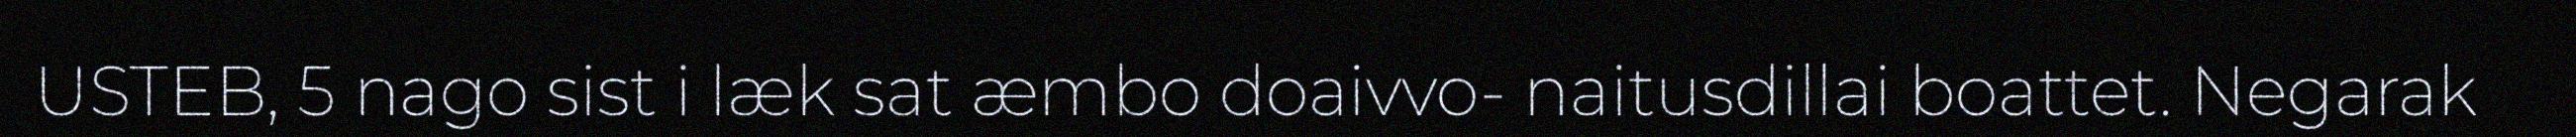
USTEB, 5 nago sist i læk sat æmbo doaivvo- naitusdillai boattet. Negarak